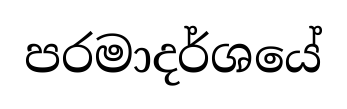
පරමාදර්ශයේ